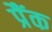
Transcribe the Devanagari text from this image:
प्रैंक